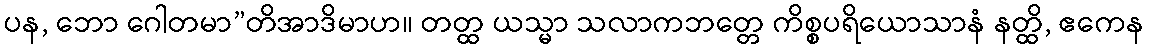
ပန, ဘော ဂေါတမာ”တိအာဒိမာဟ။ တတ္ထ ယသ္မာ သလာကဘတ္တေ ကိစ္စပရိယောသာနံ နတ္ထိ, ဧကေန